system: You are a helpful assistant.
user:
Analyze the provided spectrum to determine if it is a **"Cataclysmic Variables (CV)"**.

- **Key Indicators for CV (Check for either state):**
    - **State 1: Quiescent / Low-State (Emission-Dominated)**
        - **(Primary):** Strong and *very broad* Hydrogen Balmer emission lines (e.g., $H\alpha$ at 6563 Å, $H\beta$ at 4861 Å). The 'broadness' (high velocity dispersion, often FWHM > 1000 km/s) is the key diagnostic, indicating a high-velocity accretion disk.
        - **(Secondary):** Broad neutral Helium (He I) emission lines (e.g., 5876 Å, 6678 Å).
        - **(Key Confirmation):** Presence of high-excitation *ionized* Helium (He II) emission at 4686 Å. This is a strong indicator of accretion onto a white dwarf.
        - **(Line Profile):** Emission lines may exhibit a 'double-peaked' profile, which is a classic signature of a rotating accretion disk viewed at high inclination.

    - **State 2: Outburst / High-State (Absorption-Dominated)**
        - **(Primary):** Spectrum is dominated by a bright, blue continuum (looks like a hot star).
        - **(Secondary):** The emission lines from State 1 are weak, absent, or 'filled in', and are replaced by broad, shallow *absorption* lines (primarily Balmer and He I).
        - **(Morphology):** The overall spectrum mimics a hot B/A-type star. The crucial difference is that the absorption lines are significantly broader, shallower, and more 'washed-out' (or 'smeared') than the sharp lines of a normal stellar photosphere, due to high rotational speeds and pressure broadening in the disk.

Think first, call **spectral_visualization_tool** if needed to examine features in detail, then provide your final answer. Your response must adhere to the following strict rules:
1.  **Overall Structure:** Your response must follow the format `<think>...</think> <tool_call>...</tool_call> (if a tool is used) <answer>...</answer>`.
2.  **Tool Usage Constraint:** You may only make **one** tool call per turn.
3.  **Final Answer Format:** In the `<answer>` tag, your conclusion must be inside a `\boxed{}` command (e.g., `\boxed{YES}`), followed by your justification.

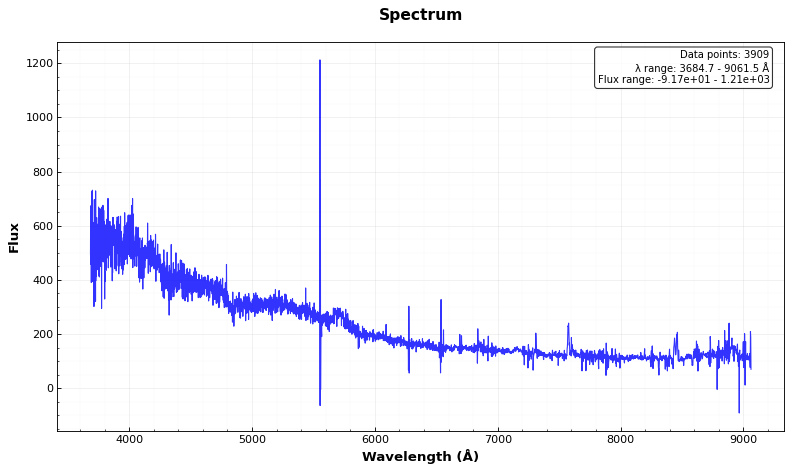
Answer: NO